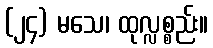
(၂၄) မသေ၊ ထုလ္လစ္စည်း။